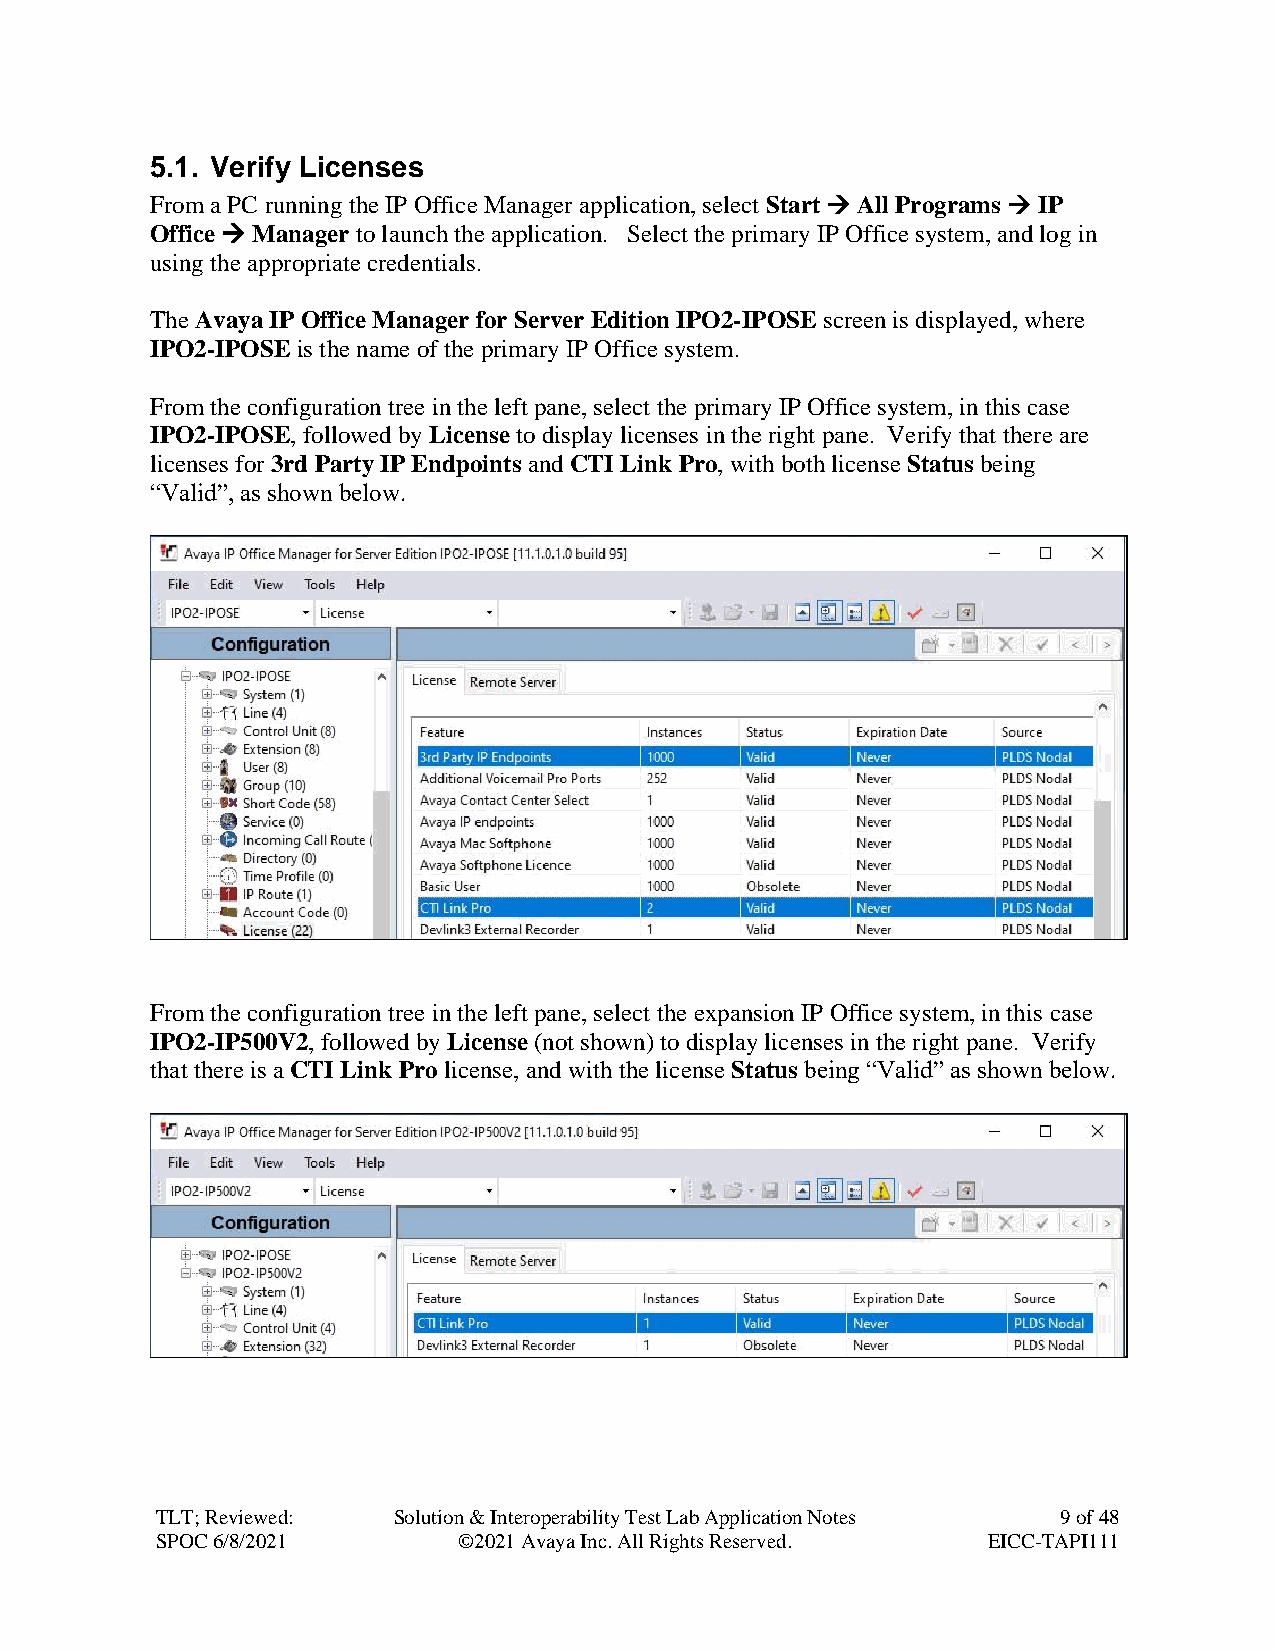
5.1. Verify Licenses
 From a PC running the IP Office Manager application, select Start → All Programs → IP
 Office → Manager to launch the application. Select the primary IP Office system, and log in
 using the appropriate credentials.
 The Avaya IP Office Manager for Server Edition IPO2-IPOSE screen is displayed, where
 IPO2-IPOSE is the name of the primary IP Office system.
 From the configuration tree in the left pane, select the primary IP Office system, in this case
 IPO2-IPOSE, followed by License to display licenses in the right pane. Verify that there are
 licenses for 3rd Party IP Endpoints and CTI Link Pro, with both license Status being
 “Valid”, as shown below.
 From the configuration tree in the left pane, select the expansion IP Office system, in this case
 IPO2-IP500V2, followed by License (not shown) to display licenses in the right pane. Verify
 that there is a CTI Link Pro license, and with the license Status being “Valid” as shown below.
 TLT; Reviewed:  Solution & Interoperability Test Lab Application Notes 9 of 48
 SPOC 6/8/2021       ©2021 Avaya Inc. All Rights Reserved. EICC-TAPI111